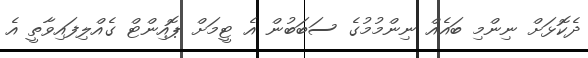
ދެކޮޅަށް ނިންމި ބައެއް ނިންމުމުގެ ސަބަބުން އެ ޓީމަށް ޕޮއިންޓް ގެއްލިފައިވާތީ އެ